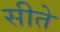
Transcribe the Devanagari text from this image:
सीते